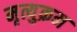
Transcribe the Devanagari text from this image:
मृत्युक्रम